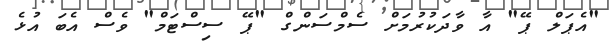
"އެޕަލް ޕޭ" އާ ވާދަކުރުމަށް ސެމްސަންގް "ޕޭ ސިސްޓަމް" ވެސް އެބަ އުޅެ